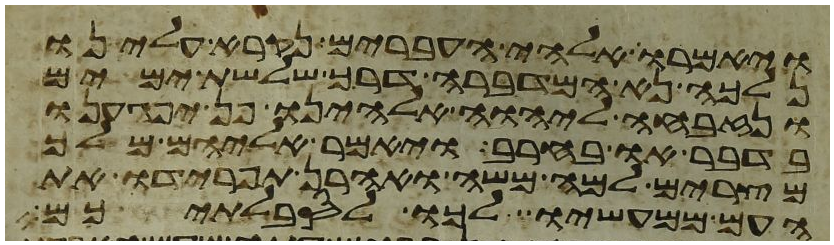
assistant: ויאמרו אלהי העברים נקרא עלינו
נלכה נא המדברה דרך שלשת ימים
ונזבחה ליהוה אלהינו פן יפגענו
בדבר או בחרב ויאמר אליהם מלך
מצרים למה משה ואהרן תפרידו את
העם ממעשיו לכו לסבלתיכם